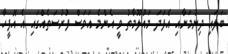
ބަލައި ދިނުމަށާއި އެފަދަ މައުލޫމާތު ވީ އެންމެ އަވަސް ފުރުސަތެއްގައި އެ އޮފީހާ